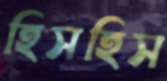
হিসহিস